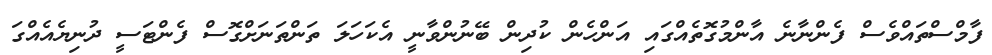
ފާމްސްތައްވެސް ފެންނާނެ އާންމުގޮތެއްގައި އަންހެން ކުދިން ބޭނުންވާނީ އެކަހަލަ ތަންތަނަށްގޮސް ފެންޓަސީ ދުނިޔެއެއްގަ